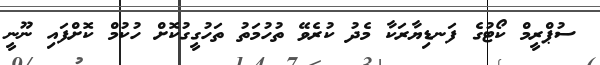
ސުޕްރީމް ކޯޓުގެ ފަނޑިޔާރަކާ މެދު ކުރެވޭ ތުހުމަތު ތަހުގީގުކޮށް ހުކުމް ކޮށްފައި ނޫނީ